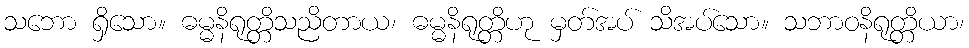
သဘော ရှိသော။ ဓမ္မနိရုတ္တိသညိတာယ၊ ဓမ္မနိရုတ္တိဟု မှတ်အပ် သိအပ်သော။ သဘာဝနိရုတ္တိယာ၊